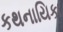
કથનાયિકા